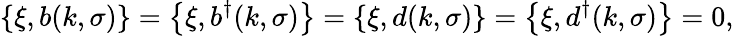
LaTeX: \left\{ \xi,b(k,\sigma)\right\} =\left\{ \xi,b^{\dagger}(k,\sigma)\right\} =\left\{ \xi,d(k,\sigma)\right\} =\left\{ \xi,d^{\dagger}(k,\sigma)\right\} =0,